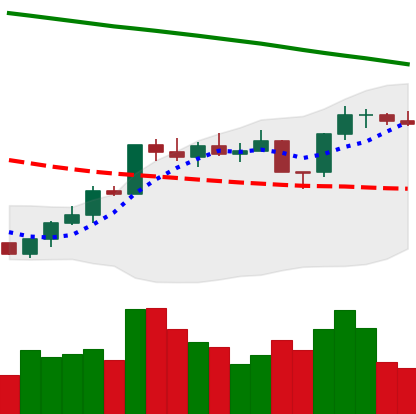
Ticker: ETH-USD
Chart end date: 2022-07-31
Forward return: 3.017%
Label: up_3_5